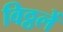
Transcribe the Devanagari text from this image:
विठ्ठलें